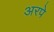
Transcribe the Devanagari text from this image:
अरपे